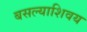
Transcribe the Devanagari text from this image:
बसल्याशिवय